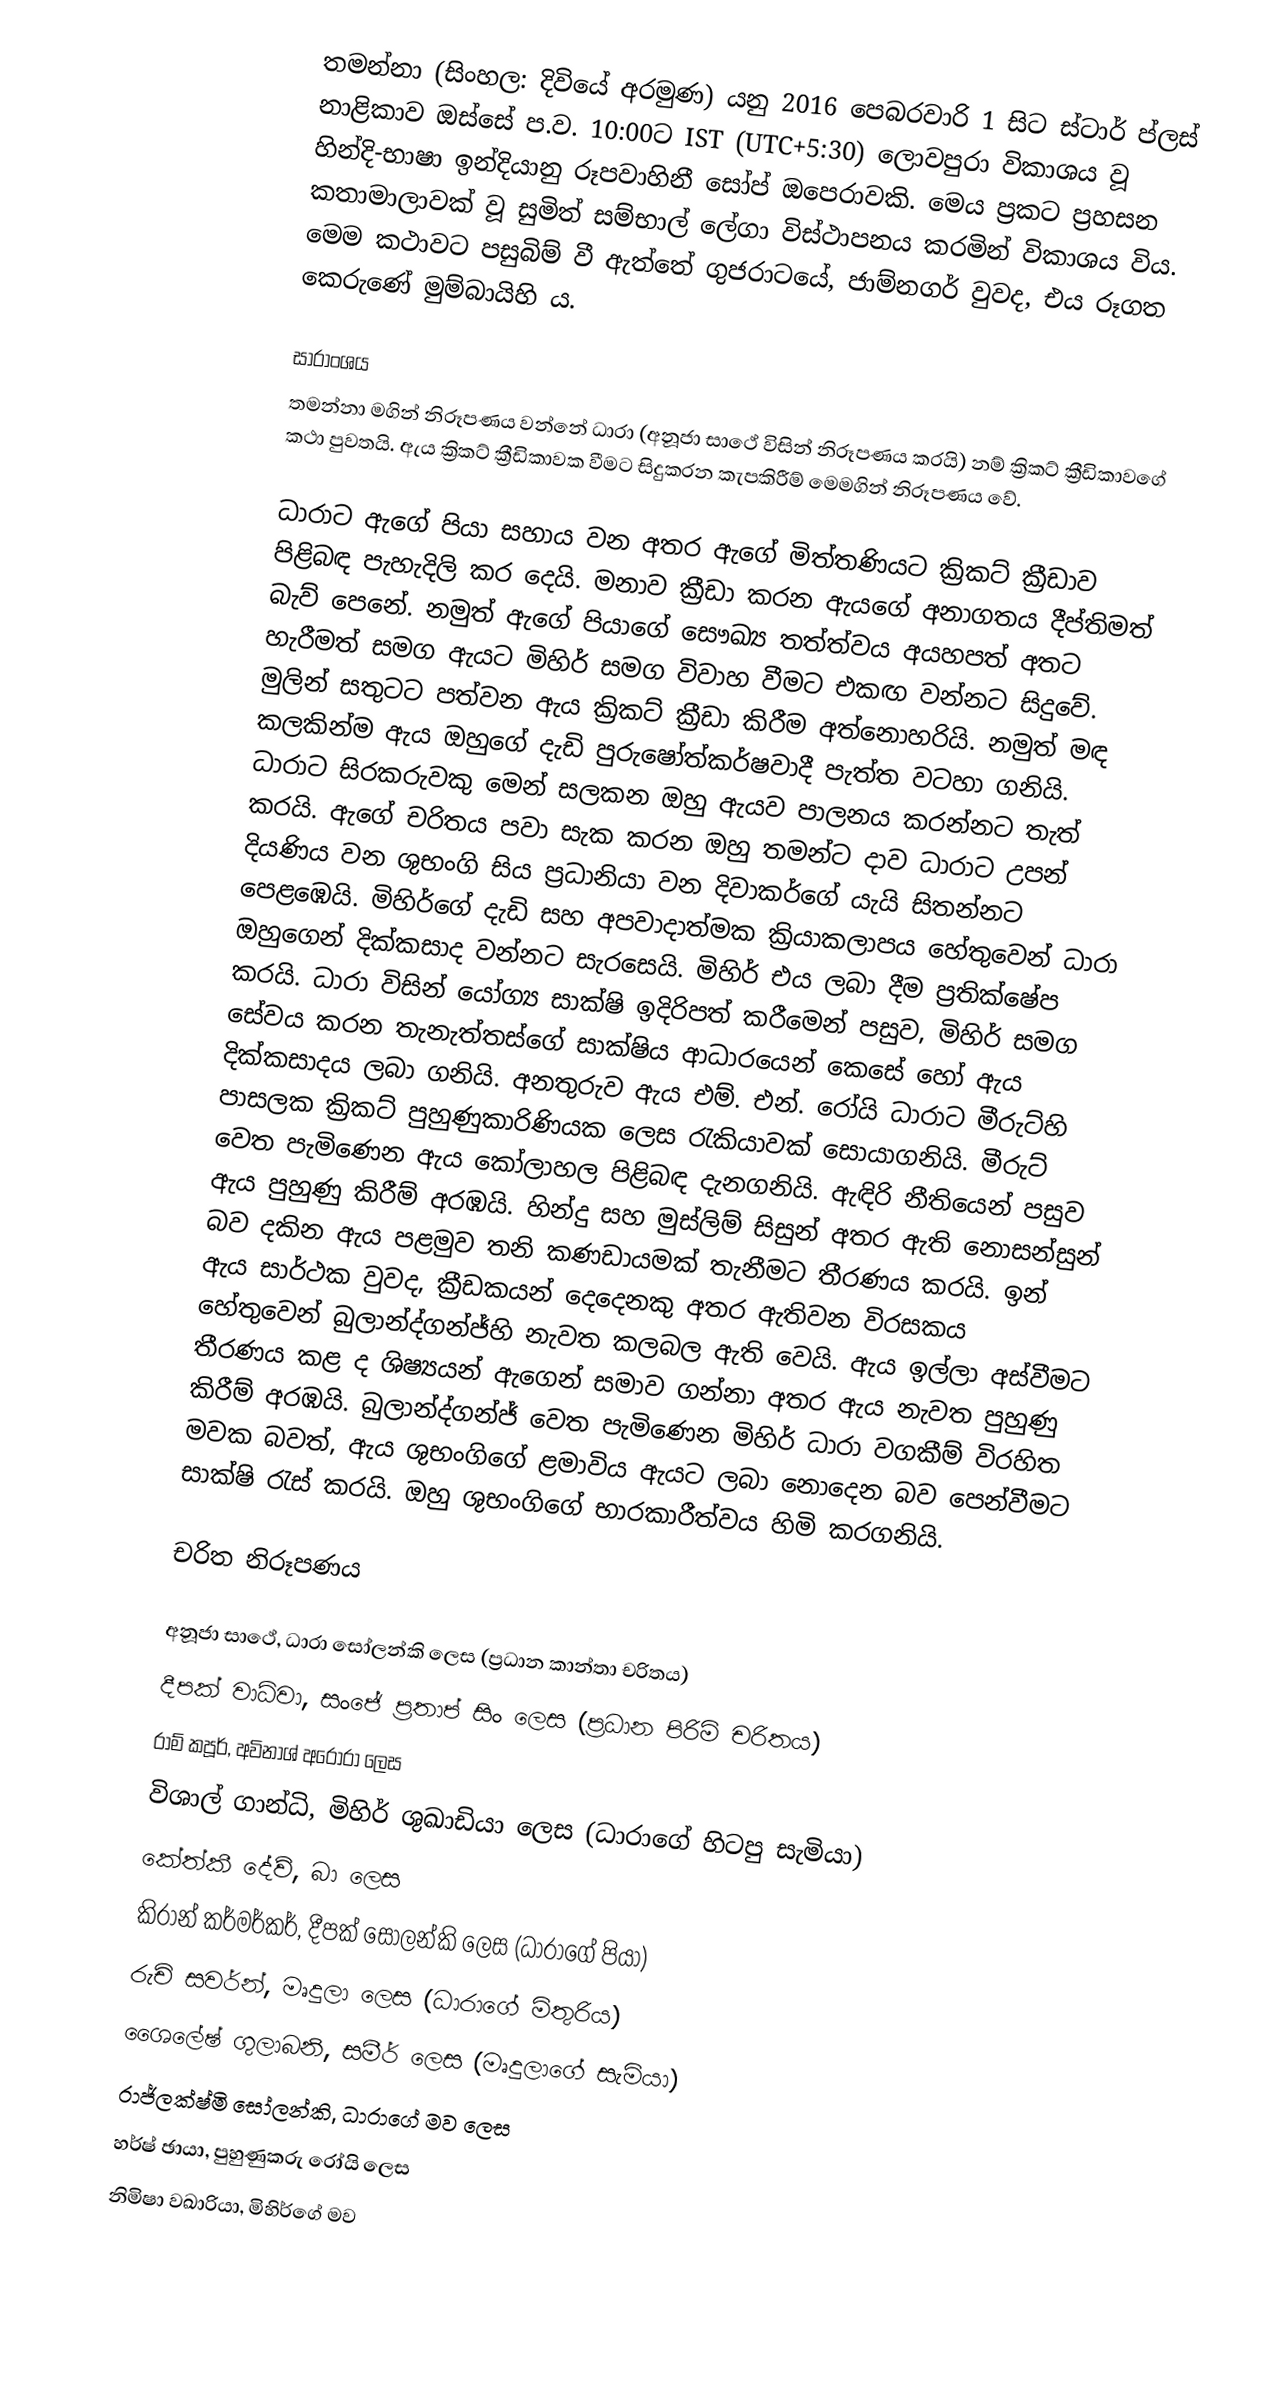
තමන්නා (සිංහල: දිවියේ අරමුණ) යනු 2016 පෙබරවාරි 1 සිට ස්ටාර් ප්ලස් නාළිකාව ඔස්සේ ප.ව. 10:00ට IST (UTC+5:30) ලොවපුරා විකාශය වූ හින්දි-භාෂා ඉන්දියානු රූපවාහිනී සෝප් ඔපෙරාවකි. මෙය ප්‍රකට ප්‍රහසන කතාමාලාවක් වූ සුමිත් සම්භාල් ලේගා විස්ථාපනය කරමින් විකාශය විය. මෙම කථාවට පසුබිම් වී ඇත්තේ ගුජරාටයේ, ජාම්නගර් වුවද, එය රූගත කෙරුණේ මුම්බායිහි ය.

සාරාංශය
තමන්නා මගින් නිරූපණය වන්නේ ධාරා (අනූජා සාථේ විසින් නිරූපණය කරයි) නම් ක්‍රිකට් ක්‍රීඩිකාවගේ කථා පුවතයි. ඇය ක්‍රිකට් ක්‍රීඩිකාවක වීමට සිදුකරන කැපකිරීම් මෙමගින් නිරූපණය වේ.

ධාරාට ඇගේ පියා සහාය වන අතර ඇගේ මිත්තණියට ක්‍රිකට් ක්‍රීඩාව පිළිබඳ පැහැදිලි කර දෙයි. මනාව ක්‍රීඩා කරන ඇයගේ අනාගතය දීප්තිමත් බැව් පෙනේ. නමුත් ඇගේ පියාගේ සෞඛ්‍ය තත්ත්වය අයහපත් අතට හැරීමත් සමග ඇයට මිහිර් සමග විවාහ වීමට එකඟ වන්නට සිදුවේ. මුලින් සතුටට පත්වන ඇය ක්‍රිකට් ක්‍රීඩා කිරීම අත්නොහරියි. නමුත් මඳ කලකින්ම ඇය ඔහුගේ දැඩි පුරුෂෝත්කර්ෂවාදී පැත්ත වටහා ගනියි. ධාරාට සිරකරුවකු මෙන් සලකන ඔහු ඇයව පාලනය කරන්නට තැත් කරයි. ඇගේ චරිතය පවා සැක කරන ඔහු තමන්ට දාව ධාරාට උපන් දියණිය වන ශුභංගි සිය ප්‍රධානියා වන දිවාකර්ගේ යැයි සිතන්නට පෙළඹෙයි. මිහිර්ගේ දැඩි සහ අපවාදාත්මක ක්‍රියාකලාපය හේතුවෙන් ධාරා ඔහුගෙන් දික්කසාද වන්නට සැරසෙයි. මිහිර් එය ලබා දීම ප්‍රතික්ෂේප කරයි. ධාරා විසින් යෝග්‍ය සාක්ෂි ඉදිරිපත් කරීමෙන් පසුව, මිහිර් සමග සේවය කරන තැනැත්තස්ගේ සාක්ෂිය ආධාරයෙන් කෙසේ හෝ ඇය දික්කසාදය ලබා ගනියි. අනතුරුව ඇය එම්. එන්. රෝයි ධාරාට මීරුට්හි පාසලක ක්‍රිකට් පුහුණුකාරිණියක ලෙස රැකියාවක් සොයාගනියි. මීරුට් වෙත පැමිණෙන ඇය කෝලාහල පිළිබඳ දැනගනියි. ඇඳිරි නීතියෙන් පසුව ඇය පුහුණු කිරීම් අරඹයි. හින්දු සහ මුස්ලිම් සිසුන් අතර ඇති නොසන්සුන් බව දකින ඇය පළමුව තනි කණඩායමක් තැනීමට තීරණය කරයි. ඉන් ඇය සාර්ථක වුවද, ක්‍රීඩකයන් දෙදෙනකු අතර ඇතිවන විරසකය හේතුවෙන් බුලාන්ද්ගන්ජ්හි නැවත කලබල ඇති වෙයි. ඇය ඉල්ලා අස්වීමට තීරණය කළ ද ශිෂ්‍යයන් ඇගෙන් සමාව ගන්නා අතර ඇය නැවත පුහුණු කිරීම් අරඹයි. බුලාන්ද්ගන්ජ් වෙත පැමිණෙන මිහිර් ධාරා වගකීම් විරහිත මවක බවත්, ඇය ශුභංගිගේ ළමාවිය ඇයට ලබා නොදෙන බව පෙන්වීමට සාක්ෂි රැස් කරයි. ඔහු ශුභංගිගේ භාරකාරීත්වය හිමි කරගනියි.

චරිත නිරූපණය

 අනූජා සාථේ, ධාරා සෝලන්කි ලෙස (ප්‍රධාන කාන්තා චරිතය)
 දීපක් වාධ්වා, සංජේ ප්‍රතාප් සිං ලෙස (ප්‍රධාන පිරිමි චරිතය)
රාම් කපූර්, අවිනාශ් අරෝරා ලෙස
 විශාල් ගාන්ධි, මිහිර් ශුඛාඩියා ලෙස (ධාරාගේ හිටපු සැමියා)
 කේත්කී දේව්, බා ලෙස
 කිරාන් කර්මර්කර්, දීපක් සෝලන්කි ලෙස (ධාරාගේ පියා)
 රුචි සවර්න්, මෘදුලා ලෙස (ධාරාගේ මිතුරිය)
 ශෛලේෂ් ගුලාබනි, සමීර් ලෙස (මෘදුලාගේ සැමියා)
 රාජ්ලක්ෂ්මි සෝලන්කි, ධාරාගේ මව ලෙස
 හර්ෂ් ඡායා, පුහුණුකරු රෝයි ලෙස
 නිමිෂා වඛාරියා, මිහිර්ගේ මව